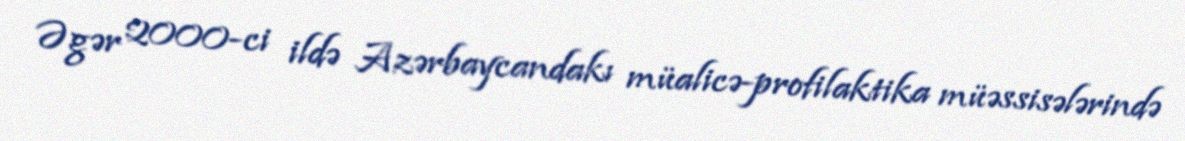
Əgər 2000-ci ildə Azərbaycandakı müalicə-profilaktika müəssisələrində